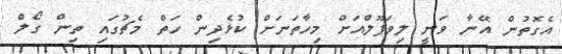
އެގޮތުން އޭނާ ވަނީ ލިވަޕޫލްއަށް މިހާތަނަށް ކުޅެދިން ހަތް މެޗުގައި ތިން ގޯލް